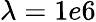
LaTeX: \lambda=1e6